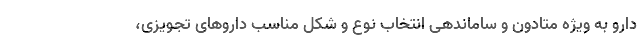
دارو به ویژه متادون و ساماندهی انتخاب نوع و شکل مناسب دارو‌های تجویزی،